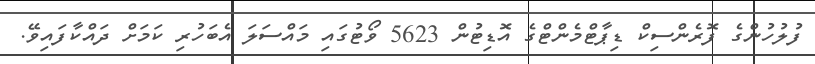
ފުލުހުންގެ ފޮރެންސިކް ޑިޕާޓްމެންޓްގެ އޮޑިޓުން 5623 ވޯޓުގައި މައްސަލަ އެބަހުރި ކަމަށް ދައްކާފައިވޭ.